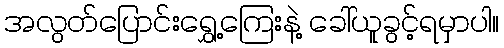
အလွတ်ပြောင်းရွှေ့ကြေးနဲ့ ခေါ်ယူခွင့်ရမှာပါ။